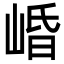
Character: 崏